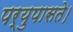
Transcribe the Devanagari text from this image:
पर्युपासते।